Lunatic asylums United Provinces 1909-1921 - 1909-1921
Year: 1909
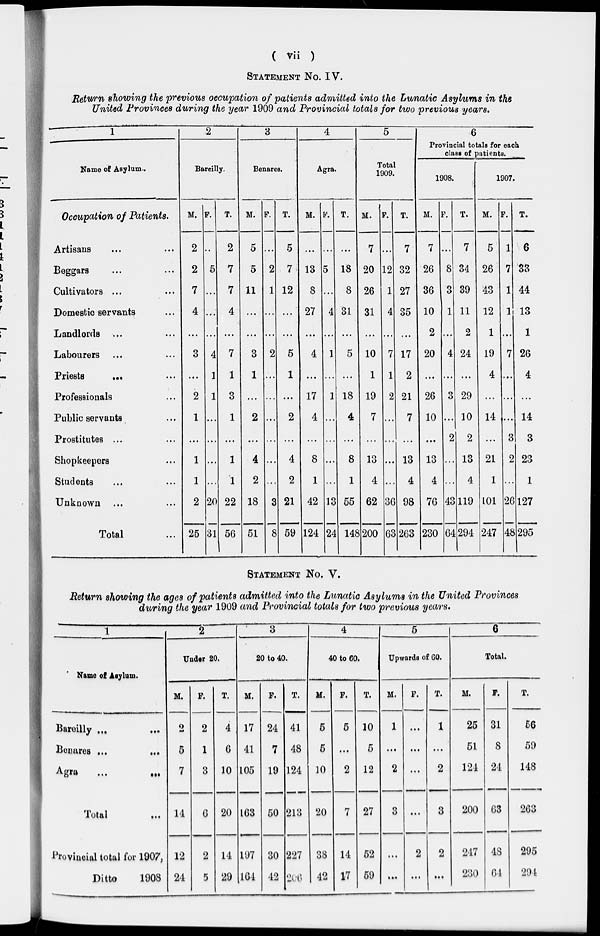
( vii )
STATEMENT No. IV.
Return showing the previous occupation of patients admitted into the Lunatic Asylums in the
United Provinces during the year 1909 and Provincial totals for two previous years.
1
Name of Asylum..
Occupation of Patients.
Artisans ... ...
Beggars ... ...
Cultivators ... ...
Domestic servants...
Landlords ... ...
Labourers ... ...
Priests ... ...
Professionals...
Public servants...
Prostitutes ... ...
Shopkeepers...
Students ... ...
Unknown ... ...
Total ...
2
Bareilly.
M.
2
2
7
4
...
3
...
2
1
...
1
1
2
25
F.
..
5
...
...
...
4
1
1
...
...
...
...
20
31
T.
2
7
7
4
...
7
1
3
1
...
1
1
22
56
3
Benares.
M.
5
5
11
...
...
3
1
...
2
...
4
2
18
51
F.
...
2
1
...
...
2
...
...
...
...
...
...
3
8
T.
5
7
12
...
...
5
1
...
2
...
4
2
21
59
4
Agra.
M.
...
13
8
27
...
4
...
17
4
...
8
1
42
124
F.
...
5
...
4
...
1
...
1
...
...
...
...
13
24
T.
...
18
8
31
...
5
...
18
4
...
8
1
55
148
5
Total
1909.
M.
7
20
26
31
...
10
1
19
7
...
13
4
62
200
F.
...
12
1
4
...
7
1
2
...
...
...
...
36
63
T.
7
32
27
35
...
17
2
21
7
...
13
4
98
263
6
Provincial totals for each
class of patients.
1908.
M.
7
26
36
10
2
20
...
26
10
...
13
4
76
230
F.
...
8
3
1
...
4
...
3
...
2
...
...
43
64
T.
7
34
39
11
2
24
...
29
10
2
13
4
119
294
1907.
M.
5
26
43
12
1
19
4
...
14
...
21
1
101
247
F.
1
7
1
1
...
7
...
...
...
3
2
...
26
48
T.
6
33
44
13
1
26
4
...
14
3
23
1
127
295
STATEMENT No. V.
Return showing the ages of patients admitted into the Lunatic Asylums in the United Provinces
during the year 1909 and Provincial totals for two previous years.
1
Name of Asylum.
Bareilly... ...
Benares ... ...
Agra... ...
Total
...
Provincial total for 1907,
Ditto
1908
2
Under 20.
M.
2
5
7
14
12
24
F.
2
1
3
6
2
5
T.
4
6
10
20
14
29
3
20 to 40.
M.
17
41
105
163
197
164
F.
24
7
19
50
30
42
T.
41
48
124
213
227
206
4
40 to 60.
M.
5
5
10
20
38
42
F.
5
...
2
7
14
17
T.
10
5
12
27
52
59
5
Upwards of 60.
M.
1
...
2
3
...
...
F.
...
...
...
...
2
...
T.
1
...
2
3
2
...
6
Total.
M.
25
51
121
200
247
230
F.
31
8
24
63
48
64
T.
56
59
148
263
295
294